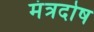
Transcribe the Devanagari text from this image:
मंत्रदोष